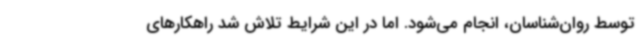
توسط روان‌شناسان، انجام می‌شود. اما در این شرایط تلاش شد راهکارهای